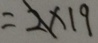
= 2 \times 1 9